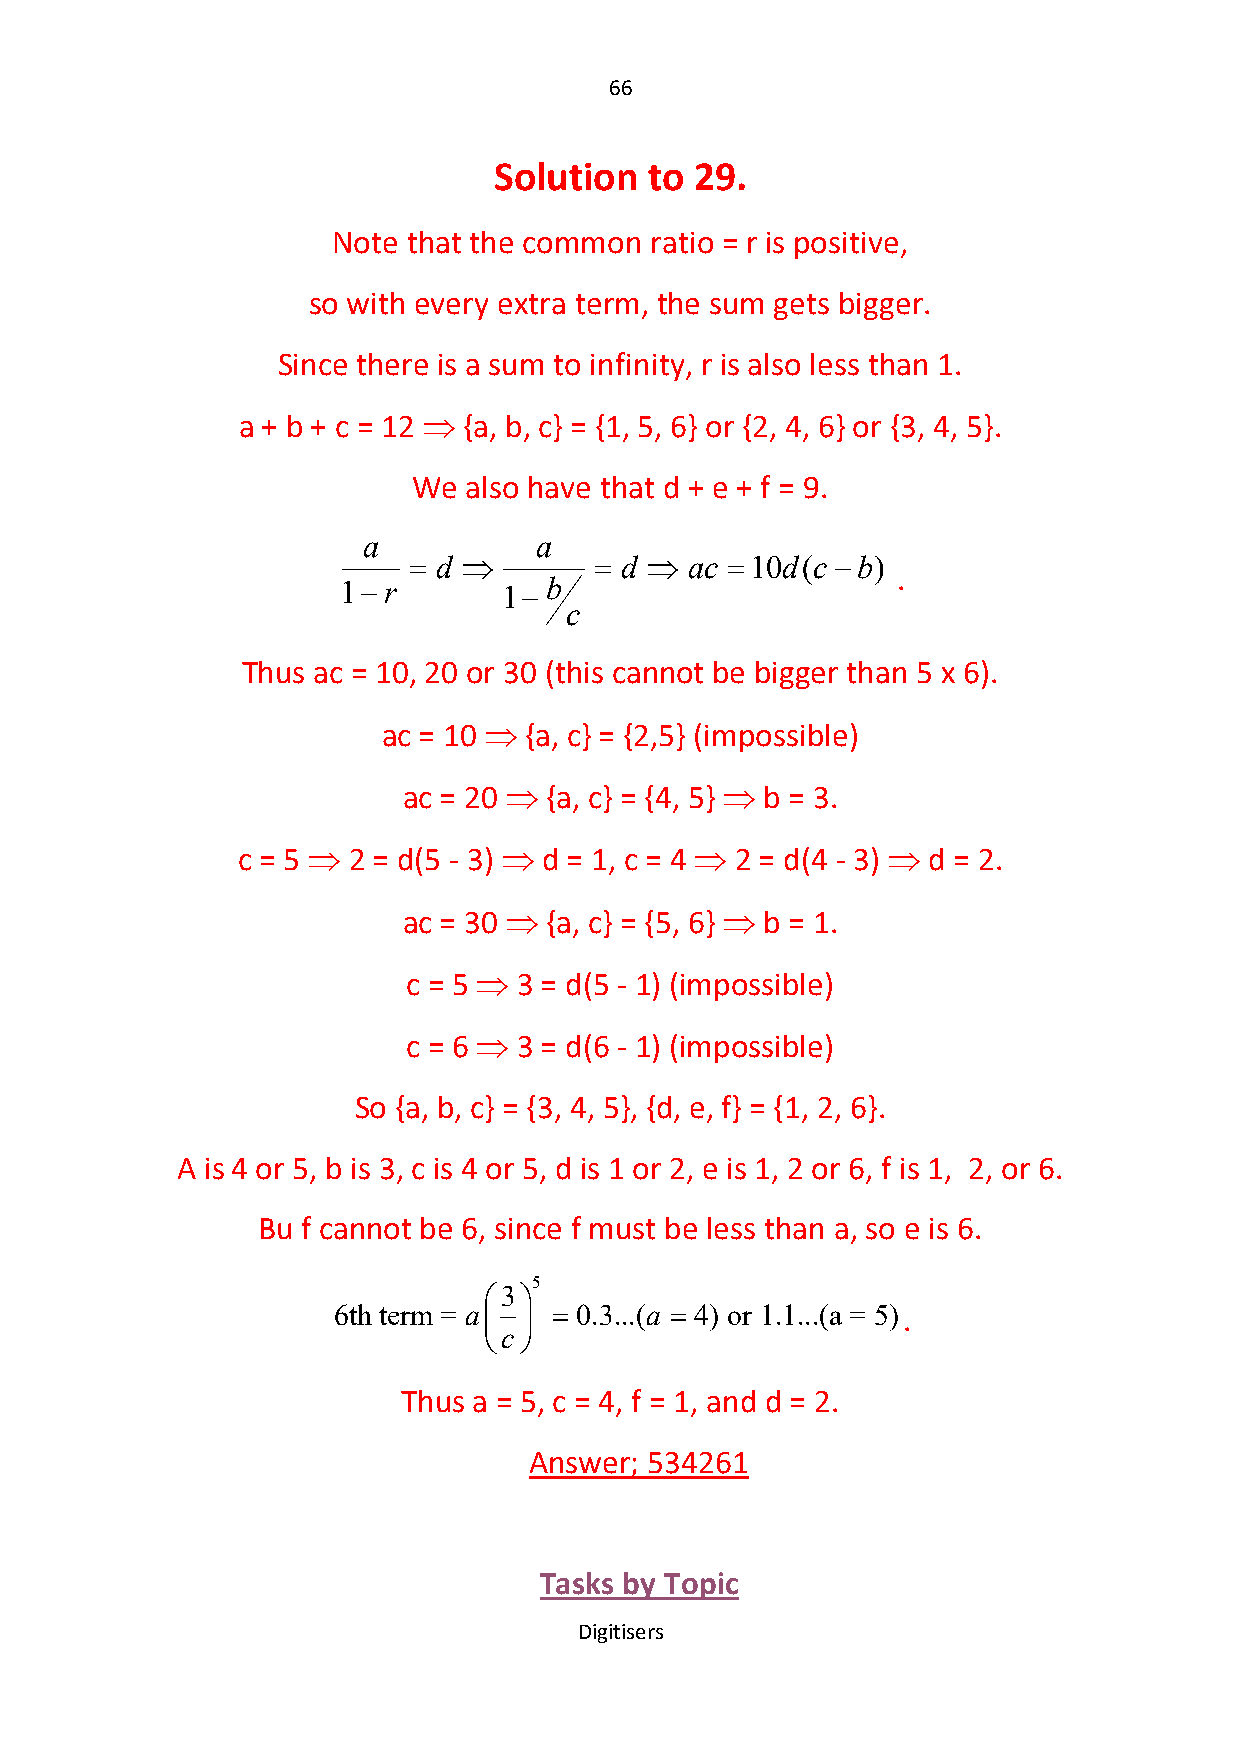
66
 Solution  to 29.
 Note that the common ratio = r is positive,
 so with every extra term, the sum gets bigger.
 Since there is a sum to infinity, r is also less than 1.
 a + b + c = 12  {a, b, c} = {1, 5, 6} or {2, 4, 6} or {3, 4, 5}.
 We  also have that d + e + f = 9.
 a          a
  d         d   ac 10d(c b)
 .
 1 r      1 b
 c
 Thus ac = 10, 20 or 30 (this cannot be bigger than 5 x 6).
 ac = 10  {a, c} = {2,5} (impossible)
 ac = 20  {a, c} = {4, 5}  b = 3.
 c = 5  2 = d(5 - 3)  d = 1, c = 4  2 = d(4 - 3)  d = 2.
 ac = 30  {a, c} = {5, 6}  b = 1.
 c = 5  3 = d(5 - 1) (impossible)
 c = 6  3 = d(6 - 1) (impossible)
 So {a, b, c} = {3, 4, 5}, {d, e, f} = {1, 2, 6}.
 A is 4 or 5, b is 3, c is 4 or 5, d is 1 or 2, e is 1, 2 or 6, f is 1, 2, or 6.
 Bu f cannot be 6, since f must be less than a, so e is 6.
 5
 3
 6th term = a
  
  0.3...(a  4) or 1.1...(a = 5).
 c
 Thus a = 5, c = 4, f = 1, and d = 2.
 Answer; 534261
 Tasks by Topic
 Digitisers